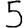
Digit: 5